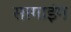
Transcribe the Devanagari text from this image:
सागाइंग